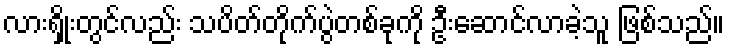
လားရှိုးတွင်လည်း သပိတ်တိုက်ပွဲတစ်ခုကို ဦးဆောင်လာခဲ့သူ ဖြစ်သည်။